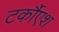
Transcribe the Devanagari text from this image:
टर्कौएश